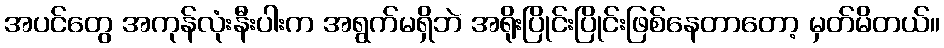
အပင်တွေ အကုန်လုံးနီးပါးက အရွက်မရှိဘဲ အရိုးပြိုင်းပြိုင်းဖြစ်နေတာတော့ မှတ်မိတယ်။